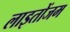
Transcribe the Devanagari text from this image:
लाइतोंजम